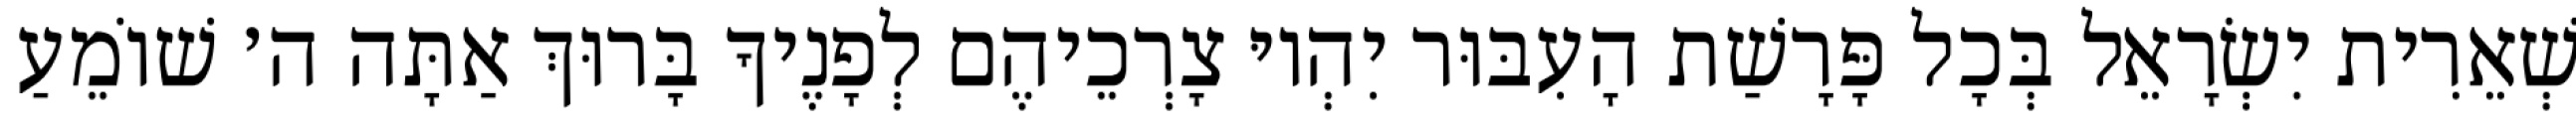
שְׁאֵרִית יִשְׂרָאֵל בְּכָל פָּרָשַׁת הָעִבּוּר יִהְיוּ צָרְכֵיהֶם לְפָנֶיךָ בָּרוּךְ אַתָּה ה׳ שׁוֹמֵעַ